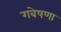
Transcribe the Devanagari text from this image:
गबेषणा